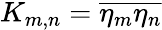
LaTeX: K_{m,n}=\overline{{\eta_{m}\eta_{n}}}